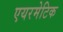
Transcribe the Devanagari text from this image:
एयरमेटिक